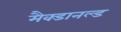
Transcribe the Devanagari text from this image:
मैक्डानल्ड